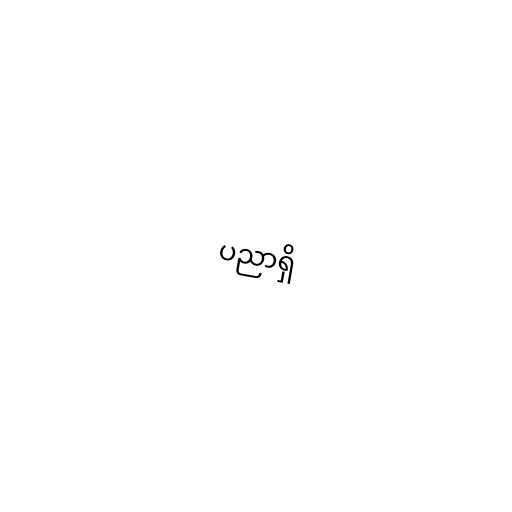
ပညာရှိ